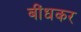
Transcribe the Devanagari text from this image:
बींधकर